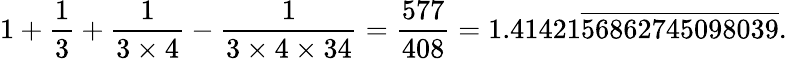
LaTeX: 1+{\frac{1}{3}}+{\frac{1}{3\times 4}}-{\frac{1}{3\times 4\times 34}}={\frac{577}{408}}=1.41421{\overline{{56862745098039}}}.